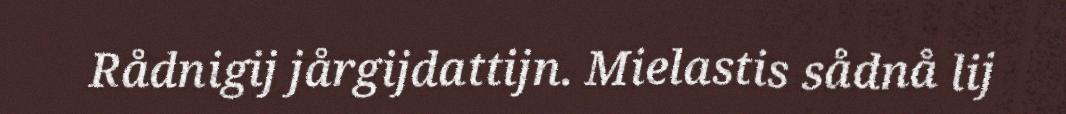
Rådnigij jårgijdattijn. Mielastis sådnå lij